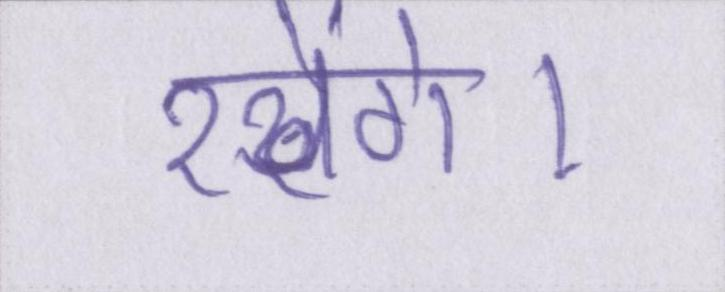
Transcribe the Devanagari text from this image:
रखेंगे।